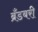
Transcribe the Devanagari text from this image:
ब्रँडबरी